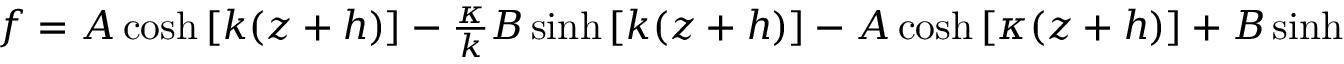
\begin{array} { r } { f = A \cosh \left[ k ( z + h ) \right] - \frac { \kappa } { k } B \sinh \left[ k ( z + h ) \right] - A \cosh \left[ \kappa ( z + h ) \right] + B \sinh \left[ \kappa ( z + h ) \right] \; . } \end{array}